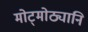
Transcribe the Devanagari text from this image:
मोट्मोठ्यानि